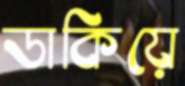
ডাকিয়ে